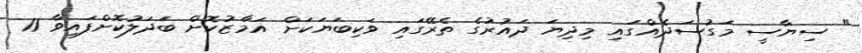
" ސިޔާސީ މަގުސަދެއްގައި މިދިޔަ ދައުރުގެ ތެރޭގައި ވަކިބަޔަކަށް އަމާޒުކޮށް ބަދަލުކޮށްފައިވާ 11